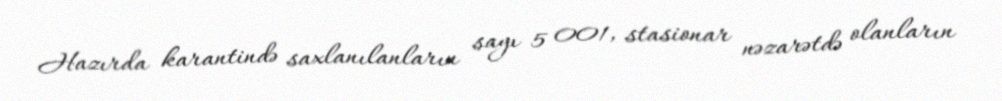
Hazırda karantində saxlanılanların sayı 5 001, stasionar nəzarətdə olanların